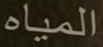
المياه